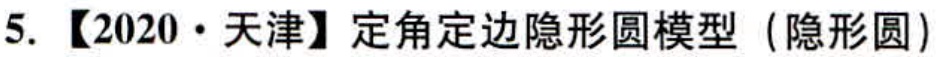
5. 【2020·天津】定角定边隐形圆模型（隐形圆）